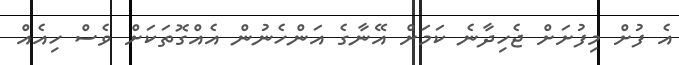
އެ ފުށް މިފުށަށް ޖެހިދާނެ ކަމަށް އޭނާގެ އަންހެނުން އެއްގޮތަކަށް ވެސް ހިއެއް